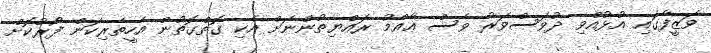
ވަޒީފާގައި އުޅުއްވި ދުވަސްވަރު ވެސް ޢާއްމު ރައްޔިތުންނަށް އެކި ގޮތްގޮތުން އެހީތެރިކަން ފޯރުކޮށް